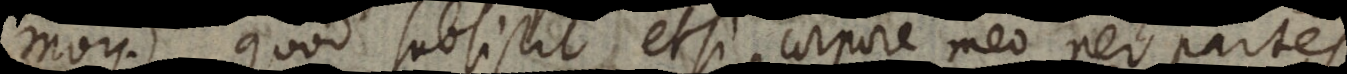
moy), quod subsistit, etsi corpore meo per parte